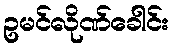
ဥမင်လိုဏ်ခေါင်း